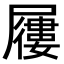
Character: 屨